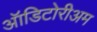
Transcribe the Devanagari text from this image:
ऑडिटोरीअम